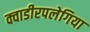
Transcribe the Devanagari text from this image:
क्वाडीरपलेगिया